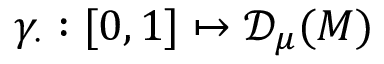
\gamma _ { \cdot } : [ 0 , 1 ] \mapsto { \mathscr { D } _ { \mu } ( M ) }